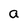
Character: a